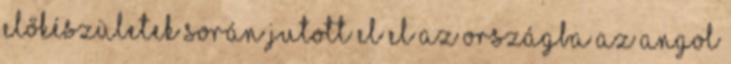
előkészületek során jutott el el az országba az angol